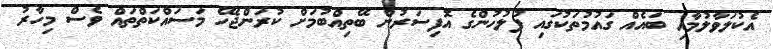
އެކުލަވާލުމާއި ބައެއް ގައުމުތަކުގައި ފުލުހުންގެ އޮފިސަރުން ބޭތިއްބުމަށް ކުރަންޖެހޭ މަސައްކަތްތައް ވެސް މިހާރު